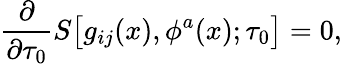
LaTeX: {\frac{\partial}{\partial\tau_{0}}}S\bigl[g_{ij}(x),\phi^{a}(x);\tau_{0}\bigr]=0,